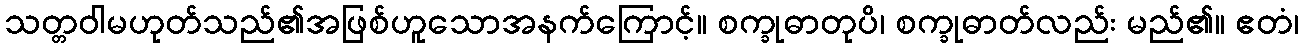
သတ္တဝါမဟုတ်သည်၏အဖြစ်ဟူသောအနက်ကြောင့်။ စက္ခုဓာတုပိ၊ စက္ခုဓာတ်လည်း မည်၏။ ဧတံ၊